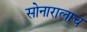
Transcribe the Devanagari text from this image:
सोनारालाच